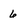
Character: 6